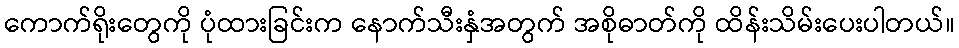
ကောက်ရိုးတွေကို ပုံထားခြင်းက နောက်သီးနှံအတွက် အစိုဓာတ်ကို ထိန်းသိမ်းပေးပါတယ်။